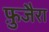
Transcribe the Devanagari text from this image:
फ़ुजैरा